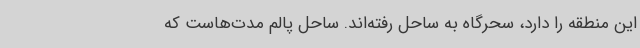
این منطقه را دارد، سحرگاه به ساحل رفته‌اند. ساحل پالم مدت‌هاست که